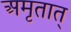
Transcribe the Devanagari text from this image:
अमृतात्‌